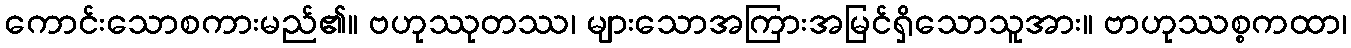
ကောင်းသောစကားမည်၏။ ဗဟုဿုတဿ၊ များသောအကြားအမြင်ရှိသောသူအား။ ဗာဟုဿစ္စကထာ၊